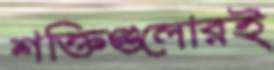
শক্তিগুলোরই